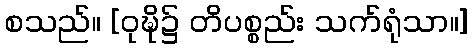
စသည်။ [ဝုဍ္ဎိ၌ တိပစ္စည်း သက်ရုံသာ။]